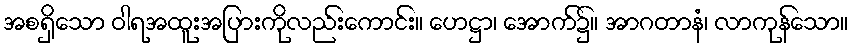
အစရှိသော ဝါရအထူးအပြားကိုလည်းကောင်း။ ဟေဋ္ဌာ၊ အောက်၌။ အာဂတာနံ၊ လာကုန်သော။